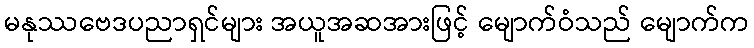
မနုဿဗေဒပညာရှင်များ အယူအဆအားဖြင့် မျောက်ဝံသည် မျောက်က